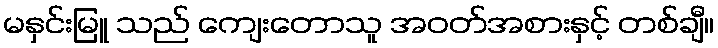
မနှင်းမြူ သည် ကျေးတောသူ အဝတ်အစားနှင့် တစ်ချီ။